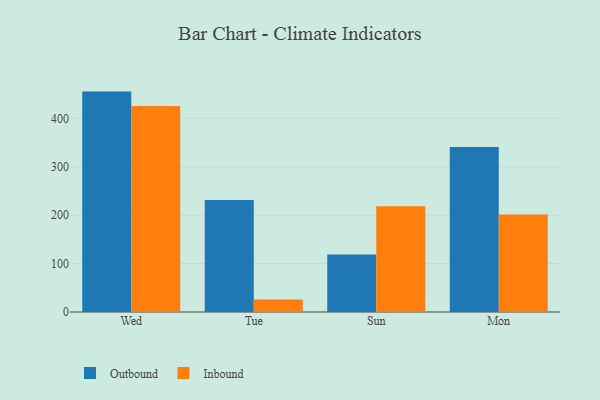
{"axis": {"x": "Day", "y": "Inventory Turnover"}, "legend": ["Inbound", "Outbound"], "data": [{"x": "Wed", "y": 455.2, "type": "Outbound"}, {"x": "Wed", "y": 425.4, "type": "Inbound"}, {"x": "Tue", "y": 231.2, "type": "Outbound"}, {"x": "Tue", "y": 26.0, "type": "Inbound"}, {"x": "Sun", "y": 118.7, "type": "Outbound"}, {"x": "Sun", "y": 218.4, "type": "Inbound"}, {"x": "Mon", "y": 340.9, "type": "Outbound"}, {"x": "Mon", "y": 201.2, "type": "Inbound"}]}